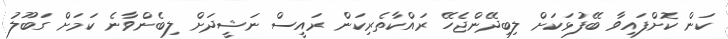
ކަން ކޮށްފައިވާ ބޭފުޅަކަށް ލިބިދޭންޖެހޭ ރައްކާތެރިކަން ރައީސް ނަޝީދަށް ލިބެންވާނެ ކަމަށް ގަބޫލު